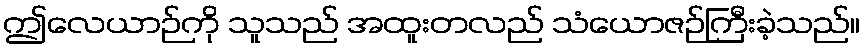
ဤလေယာဉ်ကို သူသည် အထူးတလည် သံယောဇဉ်ကြီးခဲ့သည်။